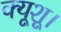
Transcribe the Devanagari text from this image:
क्यूशू।